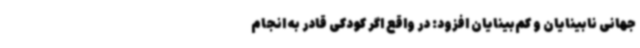
جهانی نابینایان و کم‌بینایان افزود: در واقع اگر کودکی قادر به انجام